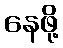
နေဖို့